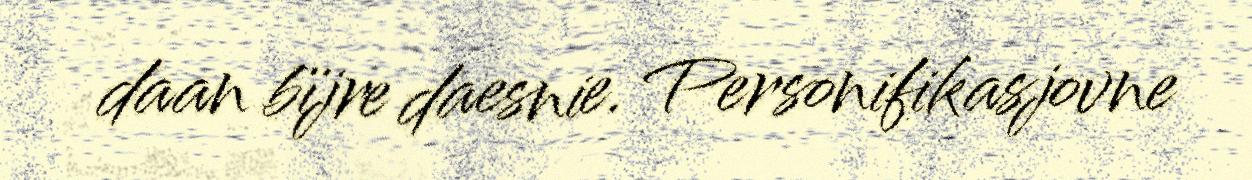
daan bïjre daesnie. Personifikasjovne